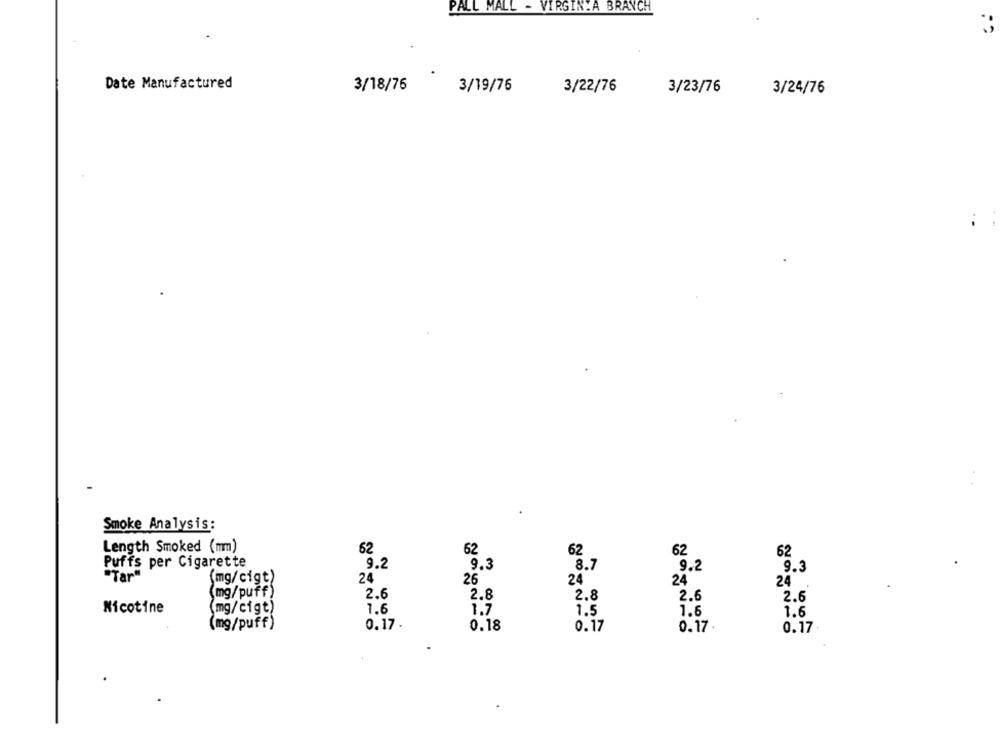
PALL MALL - VIRGINYA BRANCH
3
Date Manufactured
3/18/76
3/19/76
3/22/76
3/23/76
3/24/76
Smoke Analysis:
Length Smoked (mm)
62
62
62
62
62
Puffs per Cigarette
9.2
9.3
8.7
9.2
9.3
"Tar"
(mg/cigt)
24
26
24
24
24
(mg/puff)
2.6
2.8
2.8
2.6
2.6
Nicotine
(mg/cigt)
1.6
1.7
1.5
1.6
1.6
(mg/puff)
0.17
0.18
0.17
0.17
0.17